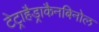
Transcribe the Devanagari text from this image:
टेट्राहैड्राकैनबिनोल